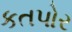
કતપોર